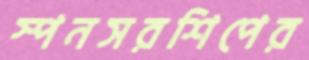
স্পনসরশিপের